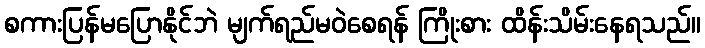
စကားပြန်မပြောနိုင်ဘဲ မျက်ရည်မဝဲစေရန် ကြိုးစား ထိန်းသိမ်းနေရသည်။